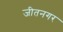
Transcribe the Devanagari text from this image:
जीतनगर